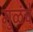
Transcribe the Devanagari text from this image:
मुळंचे